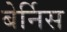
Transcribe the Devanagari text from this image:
बेर्निस